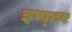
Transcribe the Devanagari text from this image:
इण्‍टर